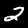
Label: 2